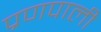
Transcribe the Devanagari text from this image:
प्रणपाली